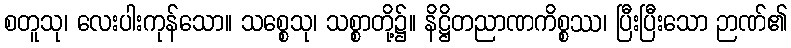
စတူသု၊ လေးပါးကုန်သော။ သစ္စေသု၊ သစ္စာတို့၌။ နိဋ္ဌိတညာဏကိစ္စဿ၊ ပြီးပြီးသော ဉာဏ်၏